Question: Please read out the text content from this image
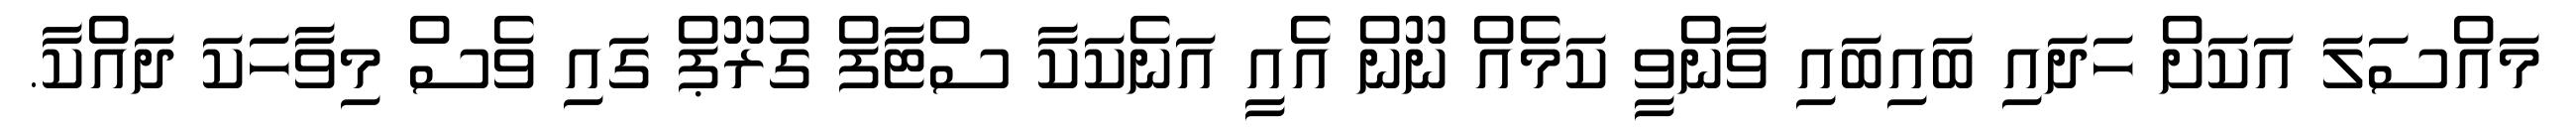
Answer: މައްސަލަ އަކަށް ހަދައި ބައިބައި ވާންވީ ކަމެއް ނޫން އެއީ އަނެކަކާ ސްޓާފް ގުރޫޕް ގައި ވެސް މިވާހަކަ ދައްކާ.